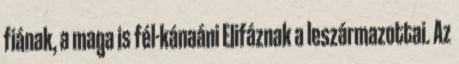
fiának, a maga is fél-kánaáni Elifáznak a leszármazottai. Az